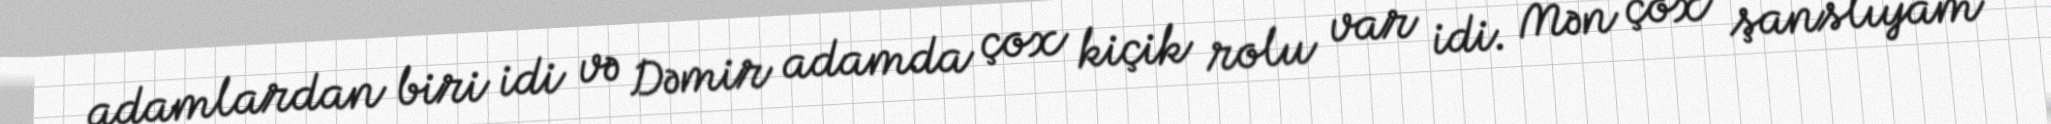
adamlardan biri idi və Dəmir adamda çox kiçik rolu var idi. Mən çox şanslıyam